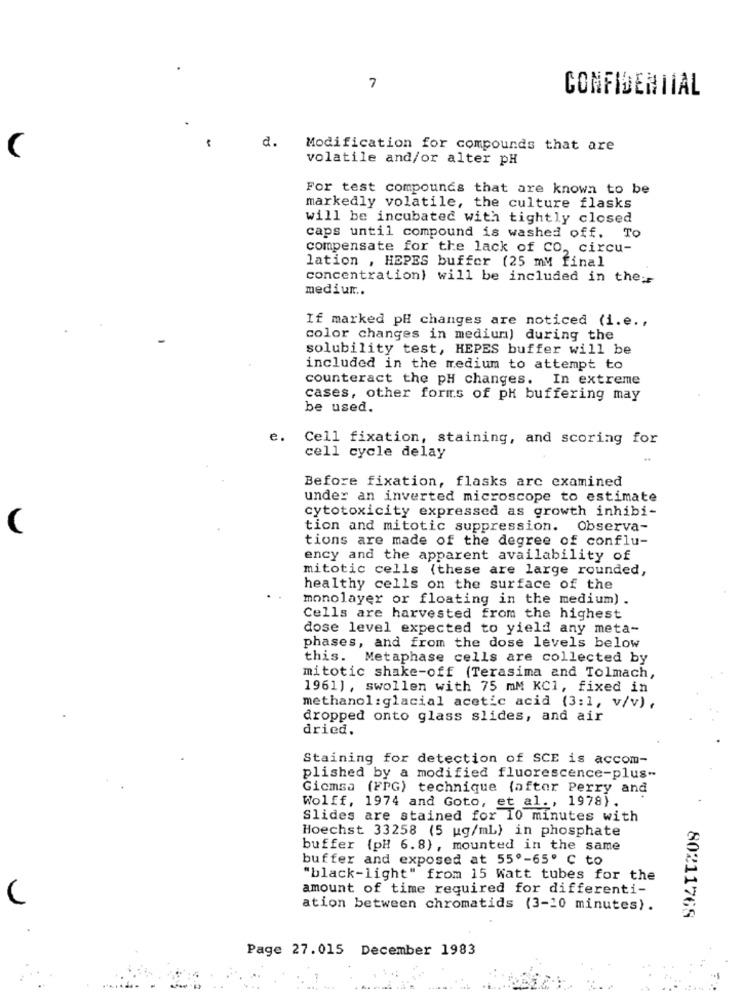
7
CONFIDENTIAL
d.
Modification for compounds that are
volatile and/or alter pH
For test compounds that are known to be
markedly volatile, the culture flasks
will be incubated with tightly closed
caps until compound is washed off. To
compensate for the lack of CO, circu-
lation , HEPES buffer (25 my final
concentration) will be included in the;
medium ..
If marked pH changes are noticed (i.e .,
color changes in medium) during the
solubility test, HEPES buffer will be
included in the medium to attempt to
counteract the pH changes. In extreme
cases, other forms of pH buffering may
be used.
e.
Cell fixation, staining, and scoring for
cell cycle delay
Before fixation, flasks arc examined
under an inverted microscope to estimate
cytotoxicity expressed as growth inhibi-
tion and mitotic suppression. Observa-
tions are made of the degree of conflu-
ency and the apparent availability of
mitotic cells (these are large rounded,
healthy cells on the surface of the
monolayer or floating in the medium) .
Cells are harvested from the highest
dose level expected to yield any meta-
phases, and from the dose levels below
this. Metaphase cells are collected by
mitotic shake-off (Terasima and Tolmach,
1961) , swollen with 75 mM KC1, fixed in
methanol:glacial acetic acid (3:1, v/v) ,
dropped onto glass slides, and air
dried.
Staining for detection of SCE is accom-
plished by a modified fluorescence-plus-
Gicmsa (FPG) technique (after Perry and
Wolff, 1974 and Goto, et al ., 1978).
Slides are stained for 10 minutes with
Hoechst 33258 (5 ug/mL) in phosphate
buffer (pH 6.8), mounted in the same
buffer and exposed at 55º-65º C to
"black-light" from 15 Watt tubes for the
amount of time required for differenti-
ation between chromatids (3-10 minutes) .
80211768
Page 27.015 December 1983